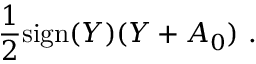
{ \frac { 1 } { 2 } } \mathrm { s i g n } ( Y ) ( Y + A _ { 0 } ) \ .